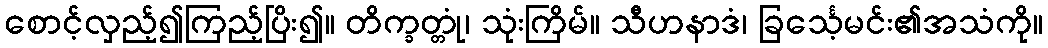
စောင့်လှည့်၍ကြည့်ပြိး၍။ တိက္ခတ္တုံ၊ သုံးကြိမ်။ သီဟနာဒံ၊ ခြင်္သေ့မင်း၏အသံကို။